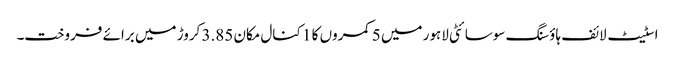
اسٹیٹ لائف ہاؤسنگ سوسائٹی لاہور میں 5 کمروں کا 1 کنال مکان 3.85 کروڑ میں برائے فروخت۔